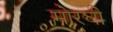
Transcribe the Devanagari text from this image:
मोरघी